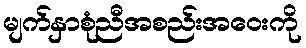
မျက်နှာစုံညီအစည်းအဝေးကို